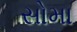
સોમા